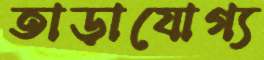
তাড়াযোগ্য